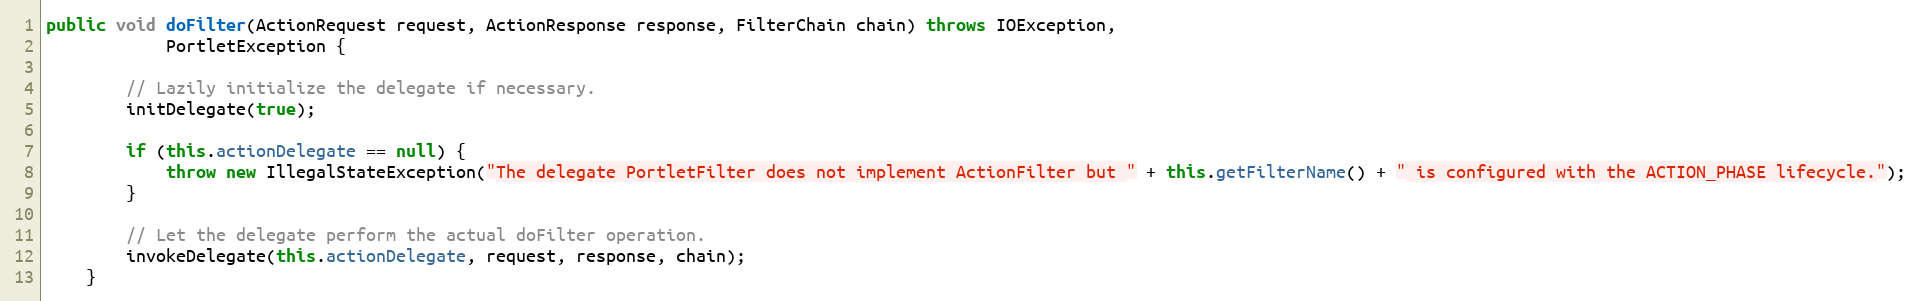
Language: Java
public void doFilter(ActionRequest request, ActionResponse response, FilterChain chain) throws IOException,
            PortletException {

        // Lazily initialize the delegate if necessary.
        initDelegate(true);

        if (this.actionDelegate == null) {
            throw new IllegalStateException("The delegate PortletFilter does not implement ActionFilter but " + this.getFilterName() + " is configured with the ACTION_PHASE lifecycle.");
        }

        // Let the delegate perform the actual doFilter operation.
        invokeDelegate(this.actionDelegate, request, response, chain);
    }